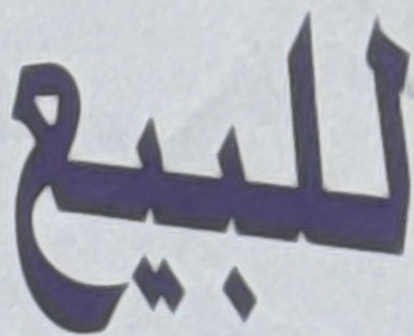
للبيع